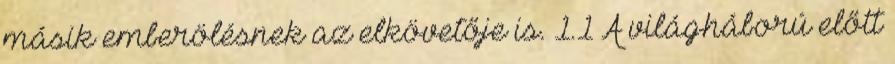
másik emberölésnek az elkövetője is. 1.1 A világháború előtt